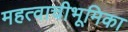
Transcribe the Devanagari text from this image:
महत्वाचीभूमिका